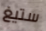
ستيغ